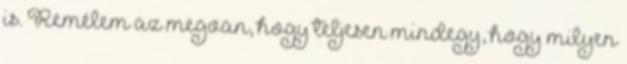
is. Remélem az megvan, hogy teljesen mindegy, hogy milyen